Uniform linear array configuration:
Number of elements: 8
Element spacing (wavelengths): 0.75
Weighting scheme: blackman
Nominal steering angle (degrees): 0
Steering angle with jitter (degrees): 0.03441
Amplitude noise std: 0.05
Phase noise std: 0.05

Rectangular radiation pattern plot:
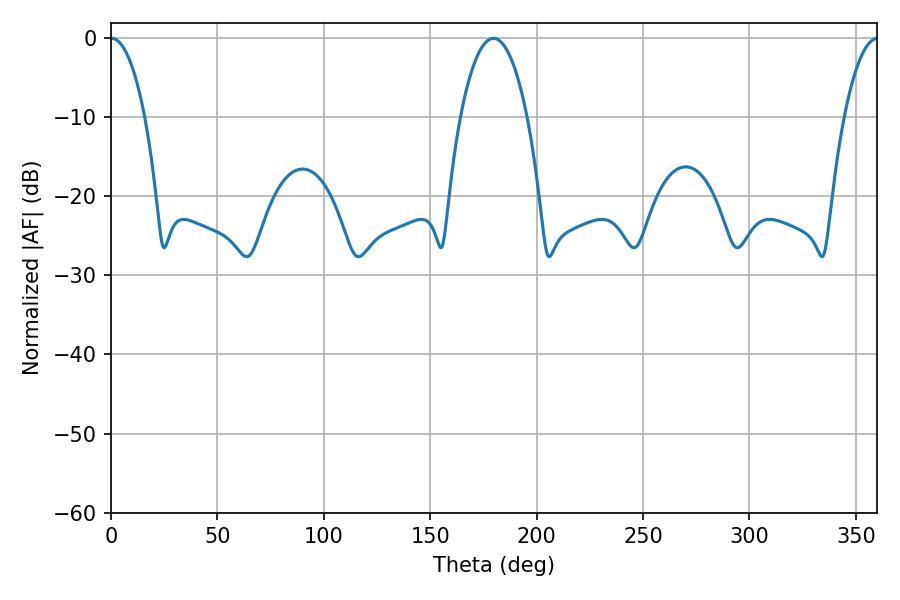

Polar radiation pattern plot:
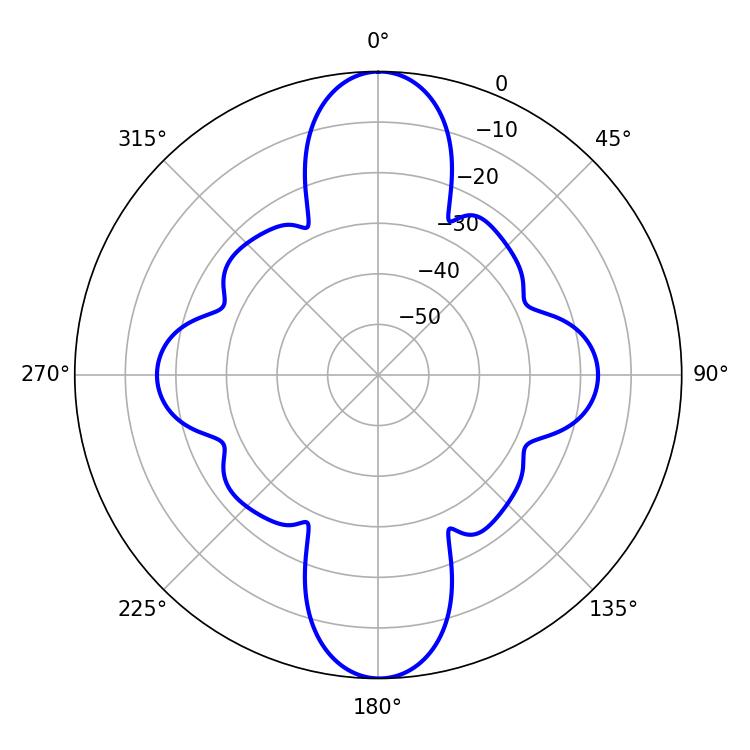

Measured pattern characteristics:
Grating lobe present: TRUE
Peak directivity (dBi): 31.804
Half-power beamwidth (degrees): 9
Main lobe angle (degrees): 0.18